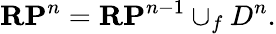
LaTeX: \mathbf{RP}^{n}=\mathbf{RP}^{n-1}\cup_{f}D^{n}.